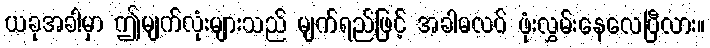
ယခုအခါမှာ ဤမျက်လုံးများသည် မျက်ရည်ဖြင့် အခါမလပ် ဖုံးလွှမ်းနေလေပြီလား။